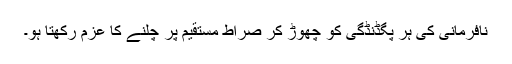
نافرمانی کی ہر پگڈنڈگی کو چھوڑ کر صراط مستقیم پر چلنے کا عزم رکھتا ہو۔